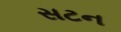
સટન